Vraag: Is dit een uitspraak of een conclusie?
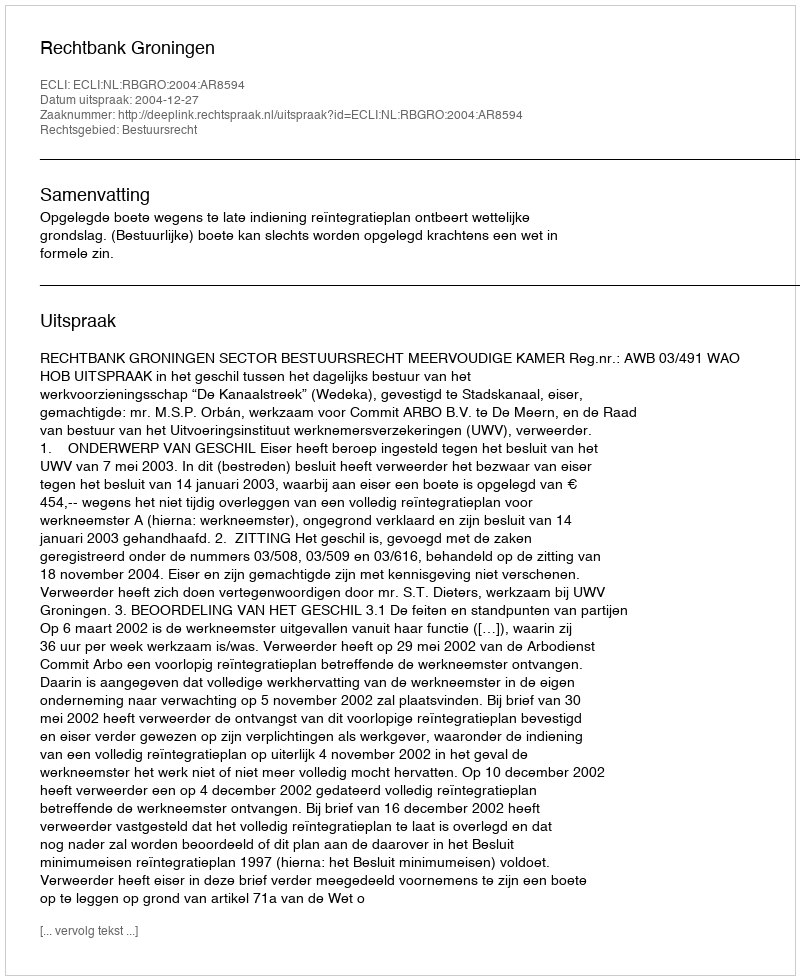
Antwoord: Uitspraak